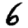
Digit: 6